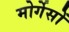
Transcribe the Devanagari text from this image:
मोर्गेसों